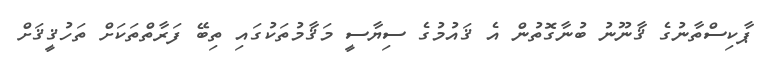
ޕާކިސްތާނުގެ ޤާނޫނު ބުނާގޮތުން އެ ޤައުމުގެ ސިޔާސީ މަޤާމުތަކުގައި ތިބޭ ފަރާތްތަކަށް ތަހުޤީޤަށް